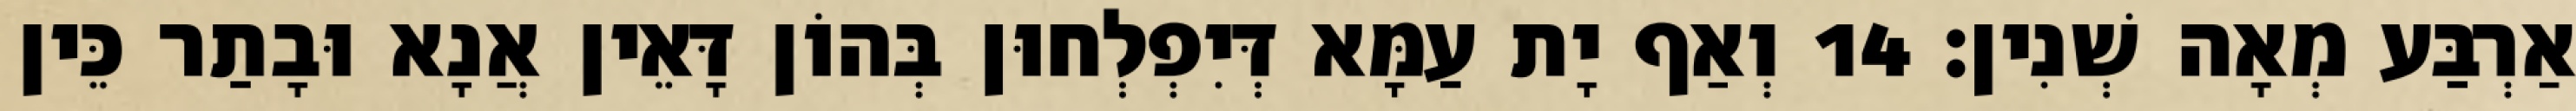
אַרְבַּע מְאָה שְׁנִין׃ 14 וְאַף יָת עַמָּא דְּיִפְלְחוּן בְּהוֹן דָּאֵין אֲנָא וּבָתַר כֵּין